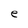
Character: e